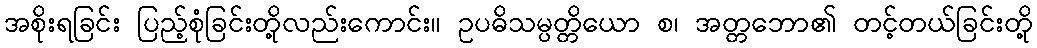
အစိုးရခြင်း ပြည့်စုံခြင်းတို့လည်းကောင်း။ ဥပဓိသမ္ပတ္တိယော စ၊ အတ္တဘော၏ တင့်တယ်ခြင်းတို့